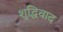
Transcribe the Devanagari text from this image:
शुद्धिवाद